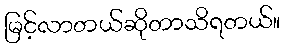
မြင့်လာတယ်ဆိုတာသိရတယ်။